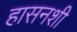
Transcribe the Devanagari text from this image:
हासनशी